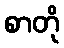
စာတို